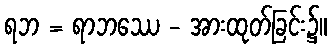
ရဘ = ရာဘဿေ - အားထုတ်ခြင်း၌။